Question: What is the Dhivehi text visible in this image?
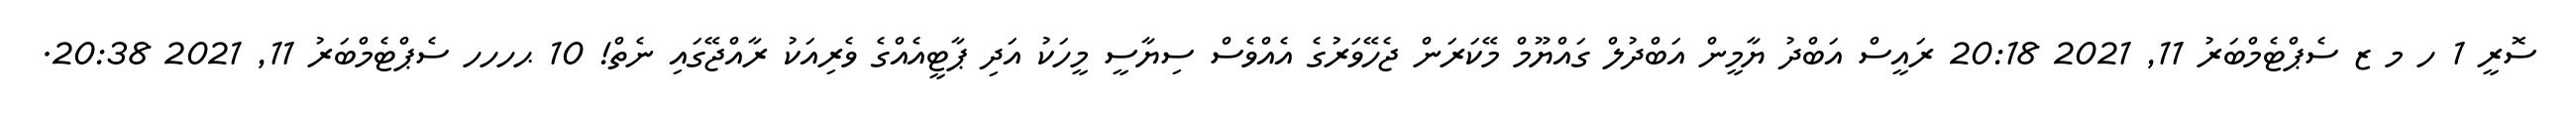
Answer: ސޮރީ 1 ހ މ ޒ ސެޕްޓެމްބަރު 11, 2021 20:18 ރައީސް އަބްދު ޔާމީން އަބްދުލް ގައްޔޫމް މޭކަރަން ޖެހޭވަރުގެ އެއްވެސް ސިޔާސީ މީހަކު އަދި ޕާޓީއެއްގެ ވެރިއަކު ރާއްޖޭގައި ނެތް! 10 ޙހހހ ސެޕްޓެމްބަރު 11, 2021 20:38.